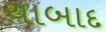
ચાબાદ